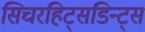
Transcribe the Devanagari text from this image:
सिचरहिट्सडिन्ट्स